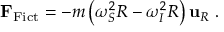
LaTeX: \mathbf { F } _ { \mathrm { F i c t } } = - m \left( \omega _ { S } ^ { 2 } R - \omega _ { I } ^ { 2 } R \right) \mathbf { u } _ { R } \ .